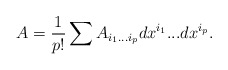
\begin{align*}A = {1\over p!}\sum A_{i_1 ... i_p}dx^{i_1} ... dx^{i_p}.\end{align*}